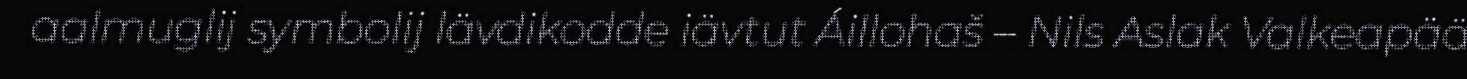
aalmuglij symbolij lävdikodde iävtut Áillohaš – Nils Aslak Valkeapää